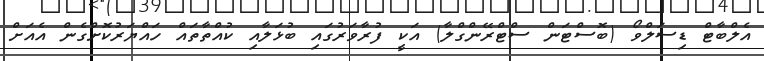
އެލްބާޓް ޑިސަލްވޯ (ބޮސްޓަން ސްޓްރޭންގްލާ) އަކީ ފުރާވަރުގައި ބުޅަލާއި ކުއްތާތައް ހައްޔަރުކޮށްގެން އެއަށް